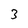
Character: 3